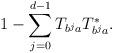
LaTeX: \begin{align*}1-\sum_{j=0}^{d-1}T_{b^ja}T_{b^ja}^*.\end{align*}